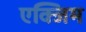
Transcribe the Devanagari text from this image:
एक्जिम